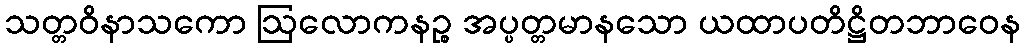
သတ္တဝိနာသကော ဩလောကနဉ္စ အပ္ပတ္တမာနသော ယထာပတိဋ္ဌိတဘာဝေန